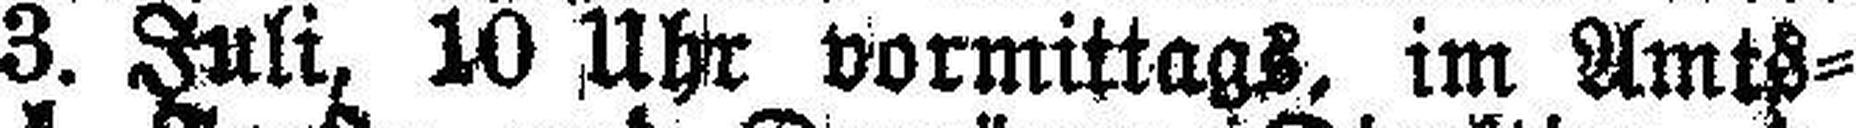
Montag den 3. Juli, 10 Uhr vormittags, im Amts¬